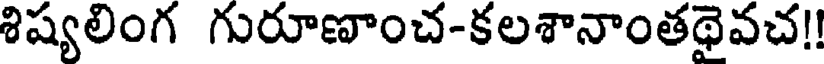
శిష్యలింగ గురూణాంచ-కలశానాంతథైవచ!